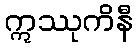
ဣဿုကိနီ